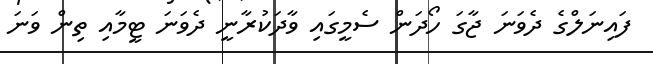
ފައިނަލްގެ ދެވަނަ ޖާގަ ހޯދަން ސެމީގައި ވާދަކުރާނީ ދެވަނަ ޓީމާއި ތިން ވަނަ